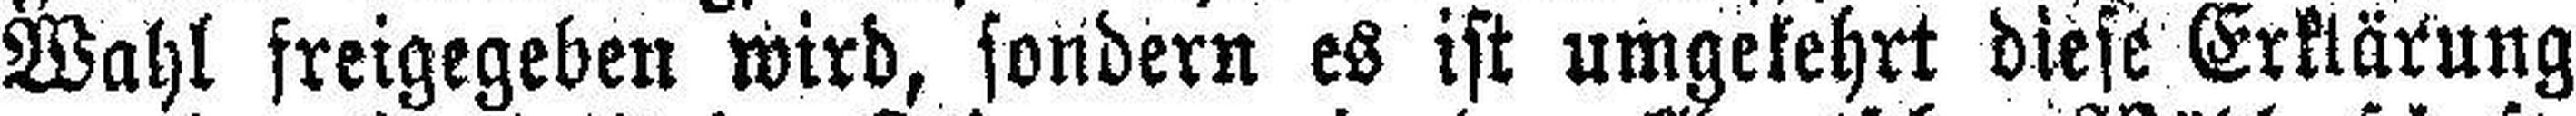
Wahl freigegeben wird, sondern es ist umgekehrt diese Erklärung